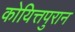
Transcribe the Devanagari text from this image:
कोयित्तपुरान